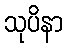
သုပိနာ